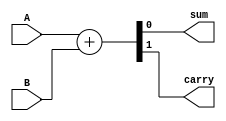
module half_adder_rtl(
    input A,
    input B,
    output sum,
    output carry
);
assign {carry,sum}=A+B;
endmodule